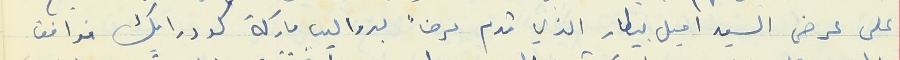
على عرض السيد اميل بيطار الذي قدم عرضاً بدواليب ماركة كودرايك فوافق